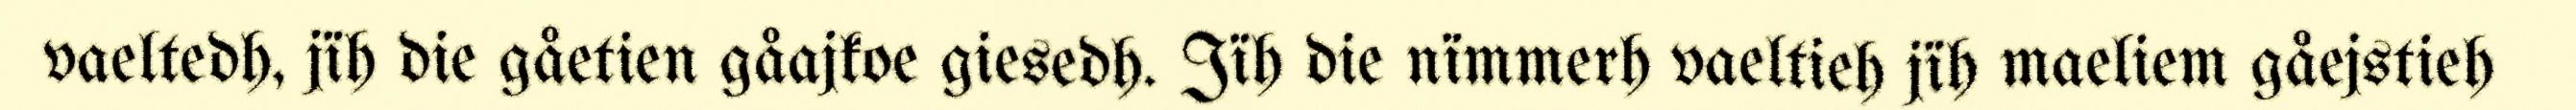
vaeltedh, jïh die gåetien gåajkoe giesedh. Jïh die nïmmerh vaeltieh jïh maeliem gåejstieh